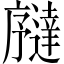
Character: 𫸉